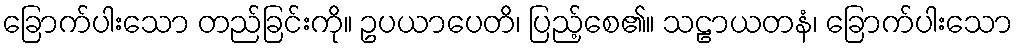
ခြောက်ပါးသော တည်ခြင်းကို။ ဥပယာပေတိ၊ ပြည့်စေ၏။ သဠာယတနံ၊ ခြောက်ပါးသော